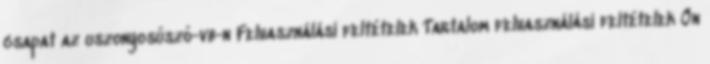
csapat az uszonyosúszó-vb-n Felhasználási feltételek Tartalom felhasználási feltételek Ön